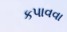
કપાવવા